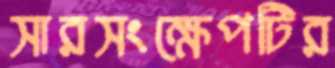
সারসংক্ষেপটির